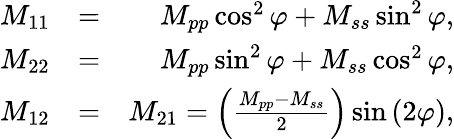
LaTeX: \begin{array}{rlr}{M_{11}}&{=}&{M_{pp}\cos^{2}\varphi+M_{ss}\sin^{2}\varphi,}\\ {M_{22}}&{=}&{M_{pp}\sin^{2}\varphi+M_{ss}\cos^{2}\varphi,}\\ {M_{12}}&{=}&{M_{21}=\left(\frac{M_{pp}-M_{ss}}{2}\right)\sin{(2\varphi)},}\end{array}